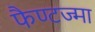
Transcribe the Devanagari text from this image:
फैण्टज्मा